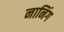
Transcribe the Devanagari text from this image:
नानिंग